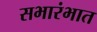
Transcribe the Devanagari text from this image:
सभारंभात